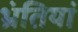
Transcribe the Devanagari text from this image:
भ्रंतियां